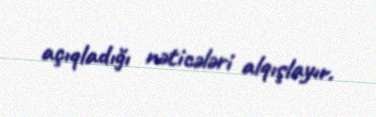
açıqladığı nəticələri alqışlayır.